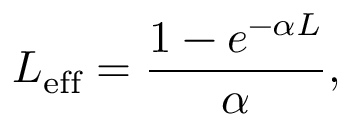
L _ { \mathrm { { e f f } } } = \frac { 1 - e ^ { - \alpha L } } { \alpha } ,